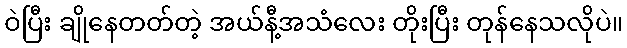
ဝဲပြီး ချိုနေတတ်တဲ့ အယ်နီ့အသံလေး တိုးပြီး တုန်နေသလိုပဲ။